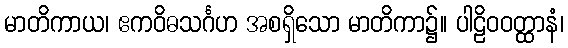
မာတိကာယ၊ ဧကဝိဓသင်္ဂဟ အစရှိသော မာတိကာ၌။ ပါဠိဝဝတ္ထာနံ၊